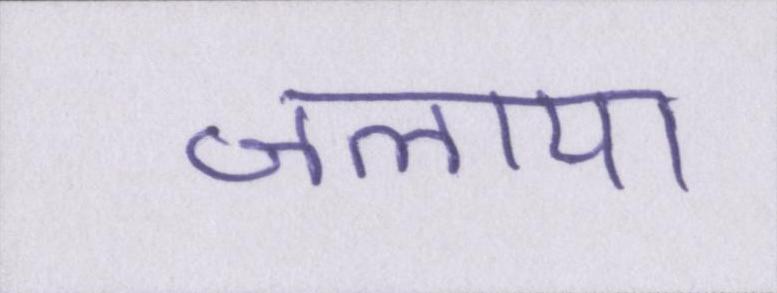
जलाया